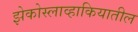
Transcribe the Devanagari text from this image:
झेकोस्लाव्हाकियातील